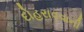
દોહરાવવાની